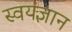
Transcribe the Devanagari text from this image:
स्वयंज्ञान